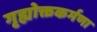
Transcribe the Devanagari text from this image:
गृह्योक्तकर्मणा